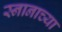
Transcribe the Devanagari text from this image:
स्नानाच्या